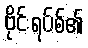
ဗိုင်းရပ်စ်၏